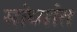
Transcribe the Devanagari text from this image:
सांध्यांत